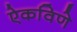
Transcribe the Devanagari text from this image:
ऐकविणे